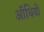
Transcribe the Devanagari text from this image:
ऑधियों